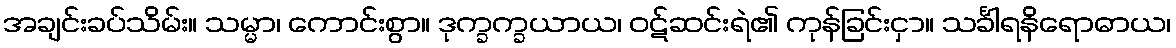
အချင်းခပ်သိမ်း။ သမ္မာ၊ ကောင်းစွာ။ ဒုက္ခက္ခယာယ၊ ဝဋ်ဆင်းရဲ၏ ကုန်ခြင်းငှာ။ သင်္ခါရနိရောဓာယ၊